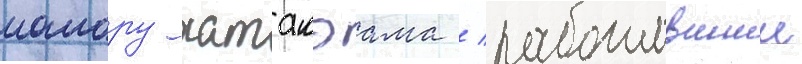
мамору хатакэама / работавшии